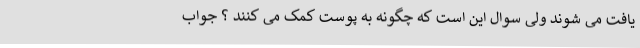
یافت می شوند ولی سوال این است که چگونه به پوست کمک می کنند ؟ جواب